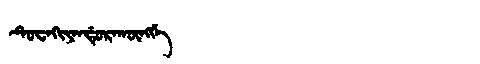
Manchu: ᡨᡠᠸᠠᡴᡳᠶᠠᠨᡩᡠᡵᠠᡴᡡᠩᡤᡝ
Romanization: TUWAKIYANDURAKŪNGGE